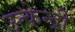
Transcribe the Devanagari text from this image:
उत्केन्द्री